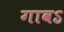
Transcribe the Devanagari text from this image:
गावऽ